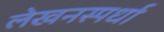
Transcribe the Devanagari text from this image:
लेखनस्पर्धा